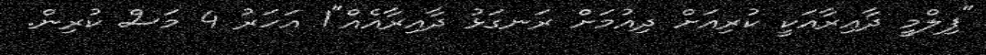
"ފިލްމީ ދާއިރާއަކީ ކުރިއަށް ދިއުމަށް ރަނގަޅު ދާއިރާއެއް"1 އަހަރު 4 މަސް ކުރިން.